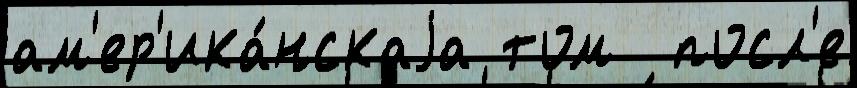
ам'ер'ика́нскаjа том  посл'е